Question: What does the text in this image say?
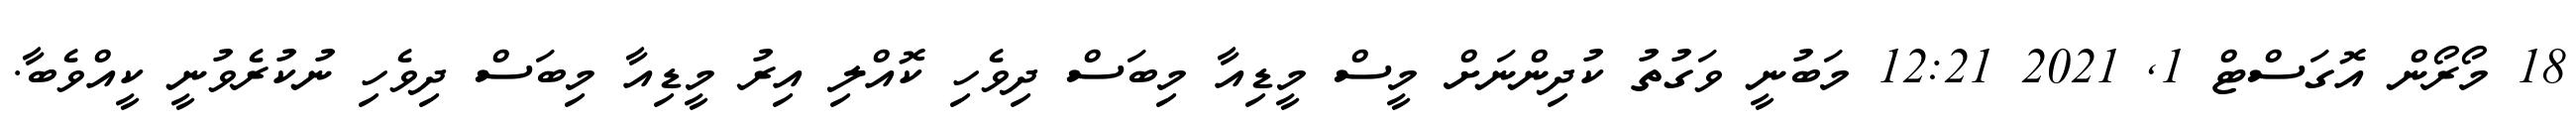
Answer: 18 މޯރޯން އޮގަސްޓް 1, 2021 12:21 މަބުނީ ވަގުތު ކުދިންނަށް މީސް މީޑިއާ މިބަސް ދިވެހި ކޮއްލި އިރު މީޑިއާ މިބަސް ދިވެހި ނުކުރެވުނީ ކީއްވެބާ.